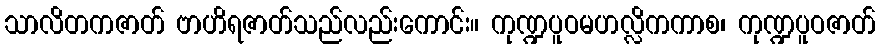
သာလိတကဇာတ် ဗာဟိရဇာတ်သည်လည်းကောင်း။ ကုဏ္ဍပူဝမဟလ္လိကကာစ၊ ကုဏ္ဍပူဝဇာတ်